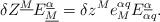
LaTeX: \begin{align*}\delta Z^{\underline M}E_{\underline M}^{\underline\alpha}=\delta z^Me_M^{\alpha q}E_{\alpha q}^{\underline\alpha}.\end{align*}